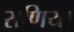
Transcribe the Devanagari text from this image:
राणिया